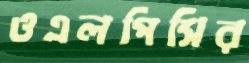
ওএলপিসির